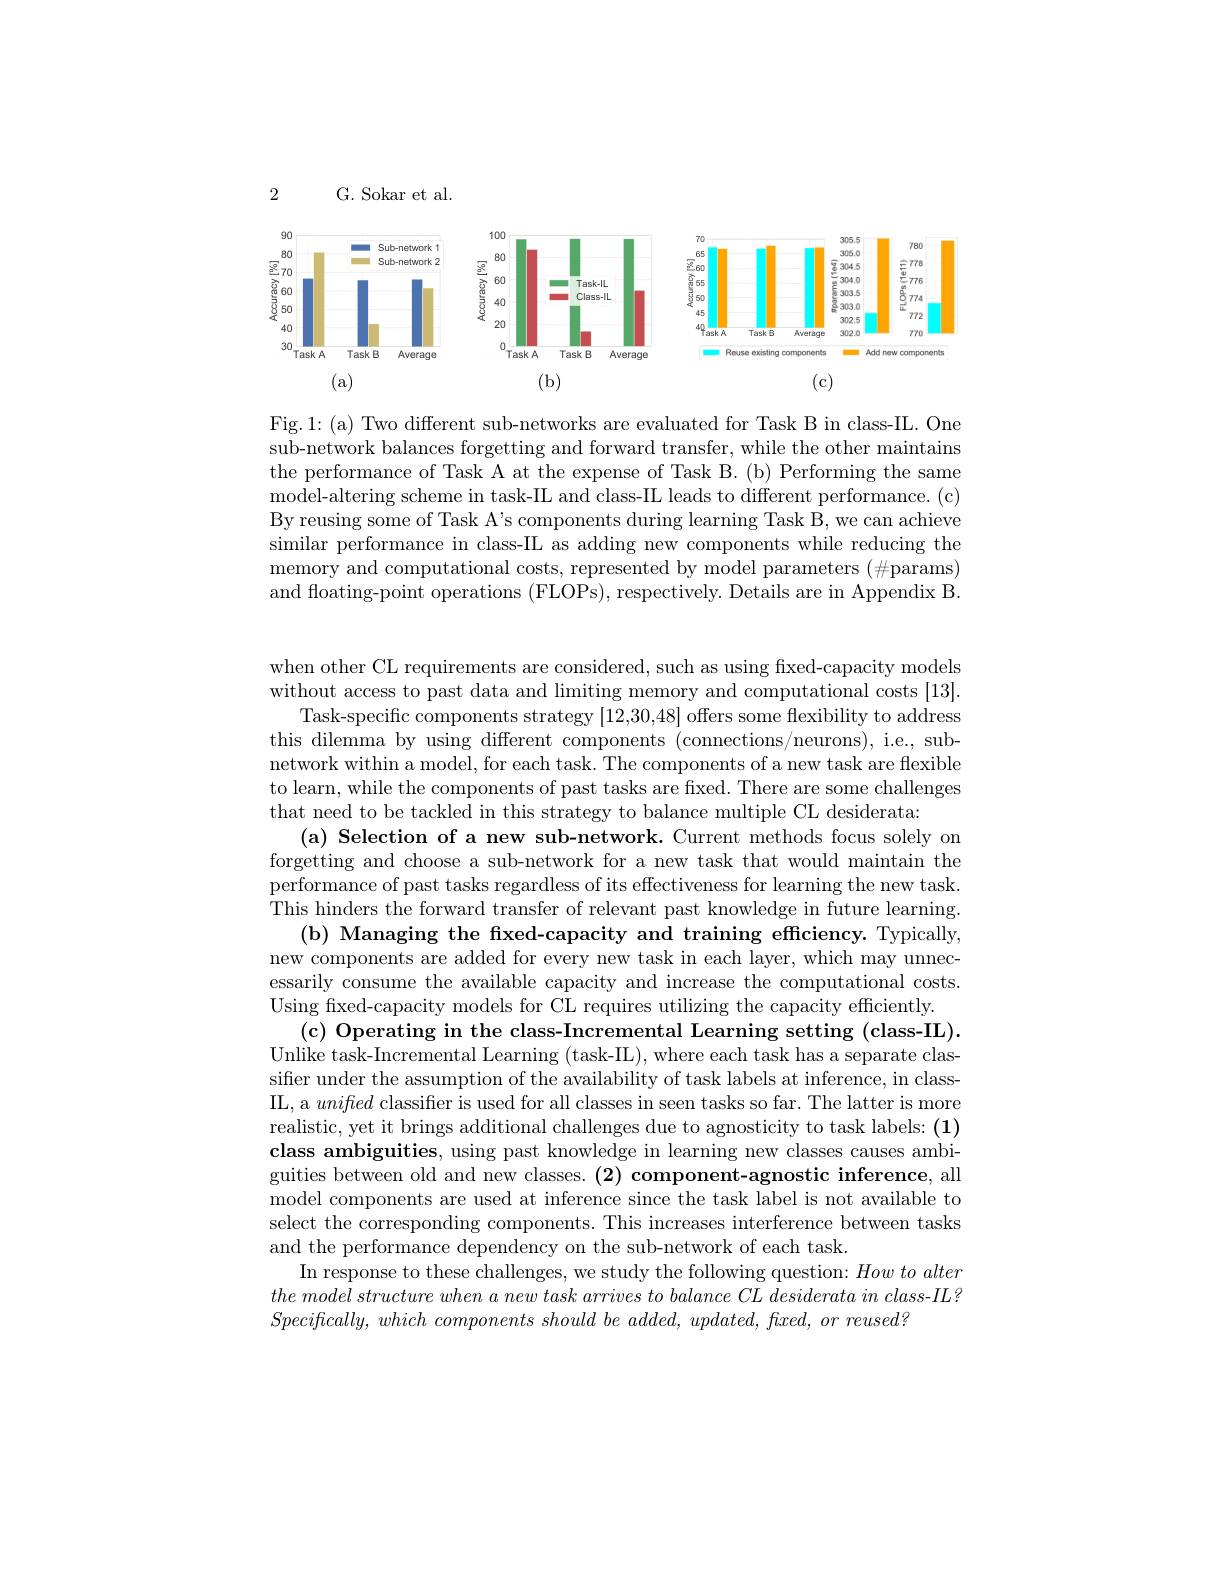
G. Sokar et al.

2

<FigureHere>

Fig.1:(a) Two different sub-networks are evaluated for Task B in class-IL. One sub-network balances forgetting and forward transfer, while the other maintains the performance of Task A at the expense of Task B. (b) Performing the same model-altering scheme in task-IL and class-IIL leads to different performance. (c) By reusing some of Task A's components during learning Task B, we can achieve similar performance in class-IL as adding new components while reducing the memory and computational costs, represented by model parameters $(\#$params) and floating-point operations (FLOPs), respectively. Details are in Appendix B

when other CL requirements are considered, such as using fixed-capacity models without access to past data and limiting memory and computational costs [13]
Task-specific components strategy [12,30,48] offers some flexibility to address this dilemma by using different components (connections/neurons), i.e., subnetwork within a model, for each task. The components of a new task are flexible to learn, while the components of past tasks are fixed. There are some challenges that need to be tackled in this strategy to balance multiple CL desiderata:
(a) Selection of a new sub-network. Current methods focus solely on forgetting and choose a sub-network for a new task that would maintain the performance of past tasks regardless of its effectiveness for learning the new task. This hinders the forward transfer of relevant past knowledge in future learning.
(b) Managing the fxed-capacity and training efficiency. Typically, new components are added for every new task in each layer, which may unnecessarily consume the available capacity and increase the computational costs. Using fixed-capacity models for CL requires utilizing the capacity efficiently.
(c) Operating in the class-Incremental Learning setting (class-IL). Unlike task-Incremental Learning (task-IIL), where each task has a separate classifier under the assumption of the availability of task labels at inference, in classIL, a unifed classifier is used for all classes in seen tasks so far. The latter is more realistic, yet it brings additional challenges due to agnosticity to task labels: (1) class ambiguities, using past knowledge in learning new classes causes ambiguities between old and new classes. (2) component-agnostic inference, all model components are used at inference since the task label is not available to select the corresponding components. This increases interference between tasks and the performance dependency on the sub-network of each task.
In response to these challenges, we study the following question: $How\textit{to alter}$ $the\textit{ model structure when a new task arrives to balance CL desiderata in class- IL? }$ $Specifically, which\textit{ components should be added, updated, fl}xed, or\textit{reused? }$